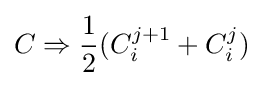
C\Rightarrow {\frac {1}{2}}(C_{i}^{j+1}+C_{i}^{j})